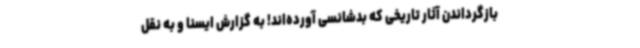
بازگرداندن آثار تاریخی که بدشانسی آورده‌اند! به گزارش ایسنا و به نقل